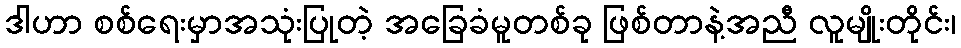
ဒါဟာ စစ်ရေးမှာအသုံးပြုတဲ့ အခြေခံမူတစ်ခု ဖြစ်တာနဲ့အညီ လူမျိုးတိုင်း၊